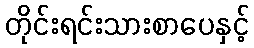
တိုင်းရင်းသားစာပေနှင့်